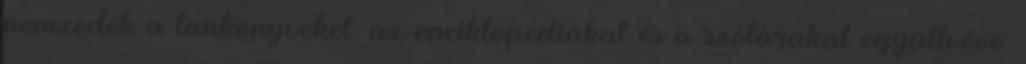
nemzedék a tankönyveket, az enciklopédiákat és a szótárakat együttvéve.